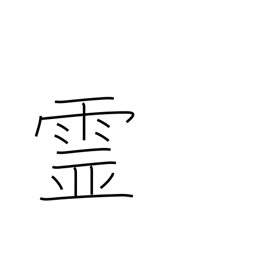
Meaning: spirits